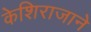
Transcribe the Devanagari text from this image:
केशिराजाने